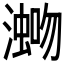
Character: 𪷡